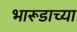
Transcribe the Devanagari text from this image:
भारूडाच्या